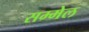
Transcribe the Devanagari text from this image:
सम्‍मेल